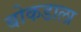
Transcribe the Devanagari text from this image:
बोकडाला